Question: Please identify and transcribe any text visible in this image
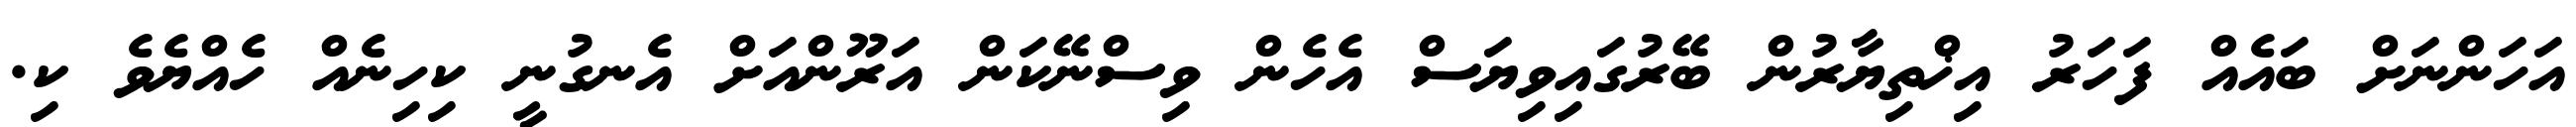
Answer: އަހަންނަށް ބައެއް ފަހަރު އިޚްތިޔާރުން ބޭރުގައިވިޔަސް އެހެން ވިސްނޭކަން އަރޫންއަށް އެނގުނީ ކިހިނެއް ހެއްޔެވެ ކި.